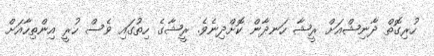
ހުރިގޮތް ދާނިޝްއަށް ރީޝާ ހަނދާން ކޮށްދިނެވެ. ރީޝާގެ ހިތުގައި ވެސް ހުރީ އިންތިހާއަށް